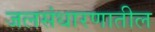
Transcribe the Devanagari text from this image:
जलसंधारणातील